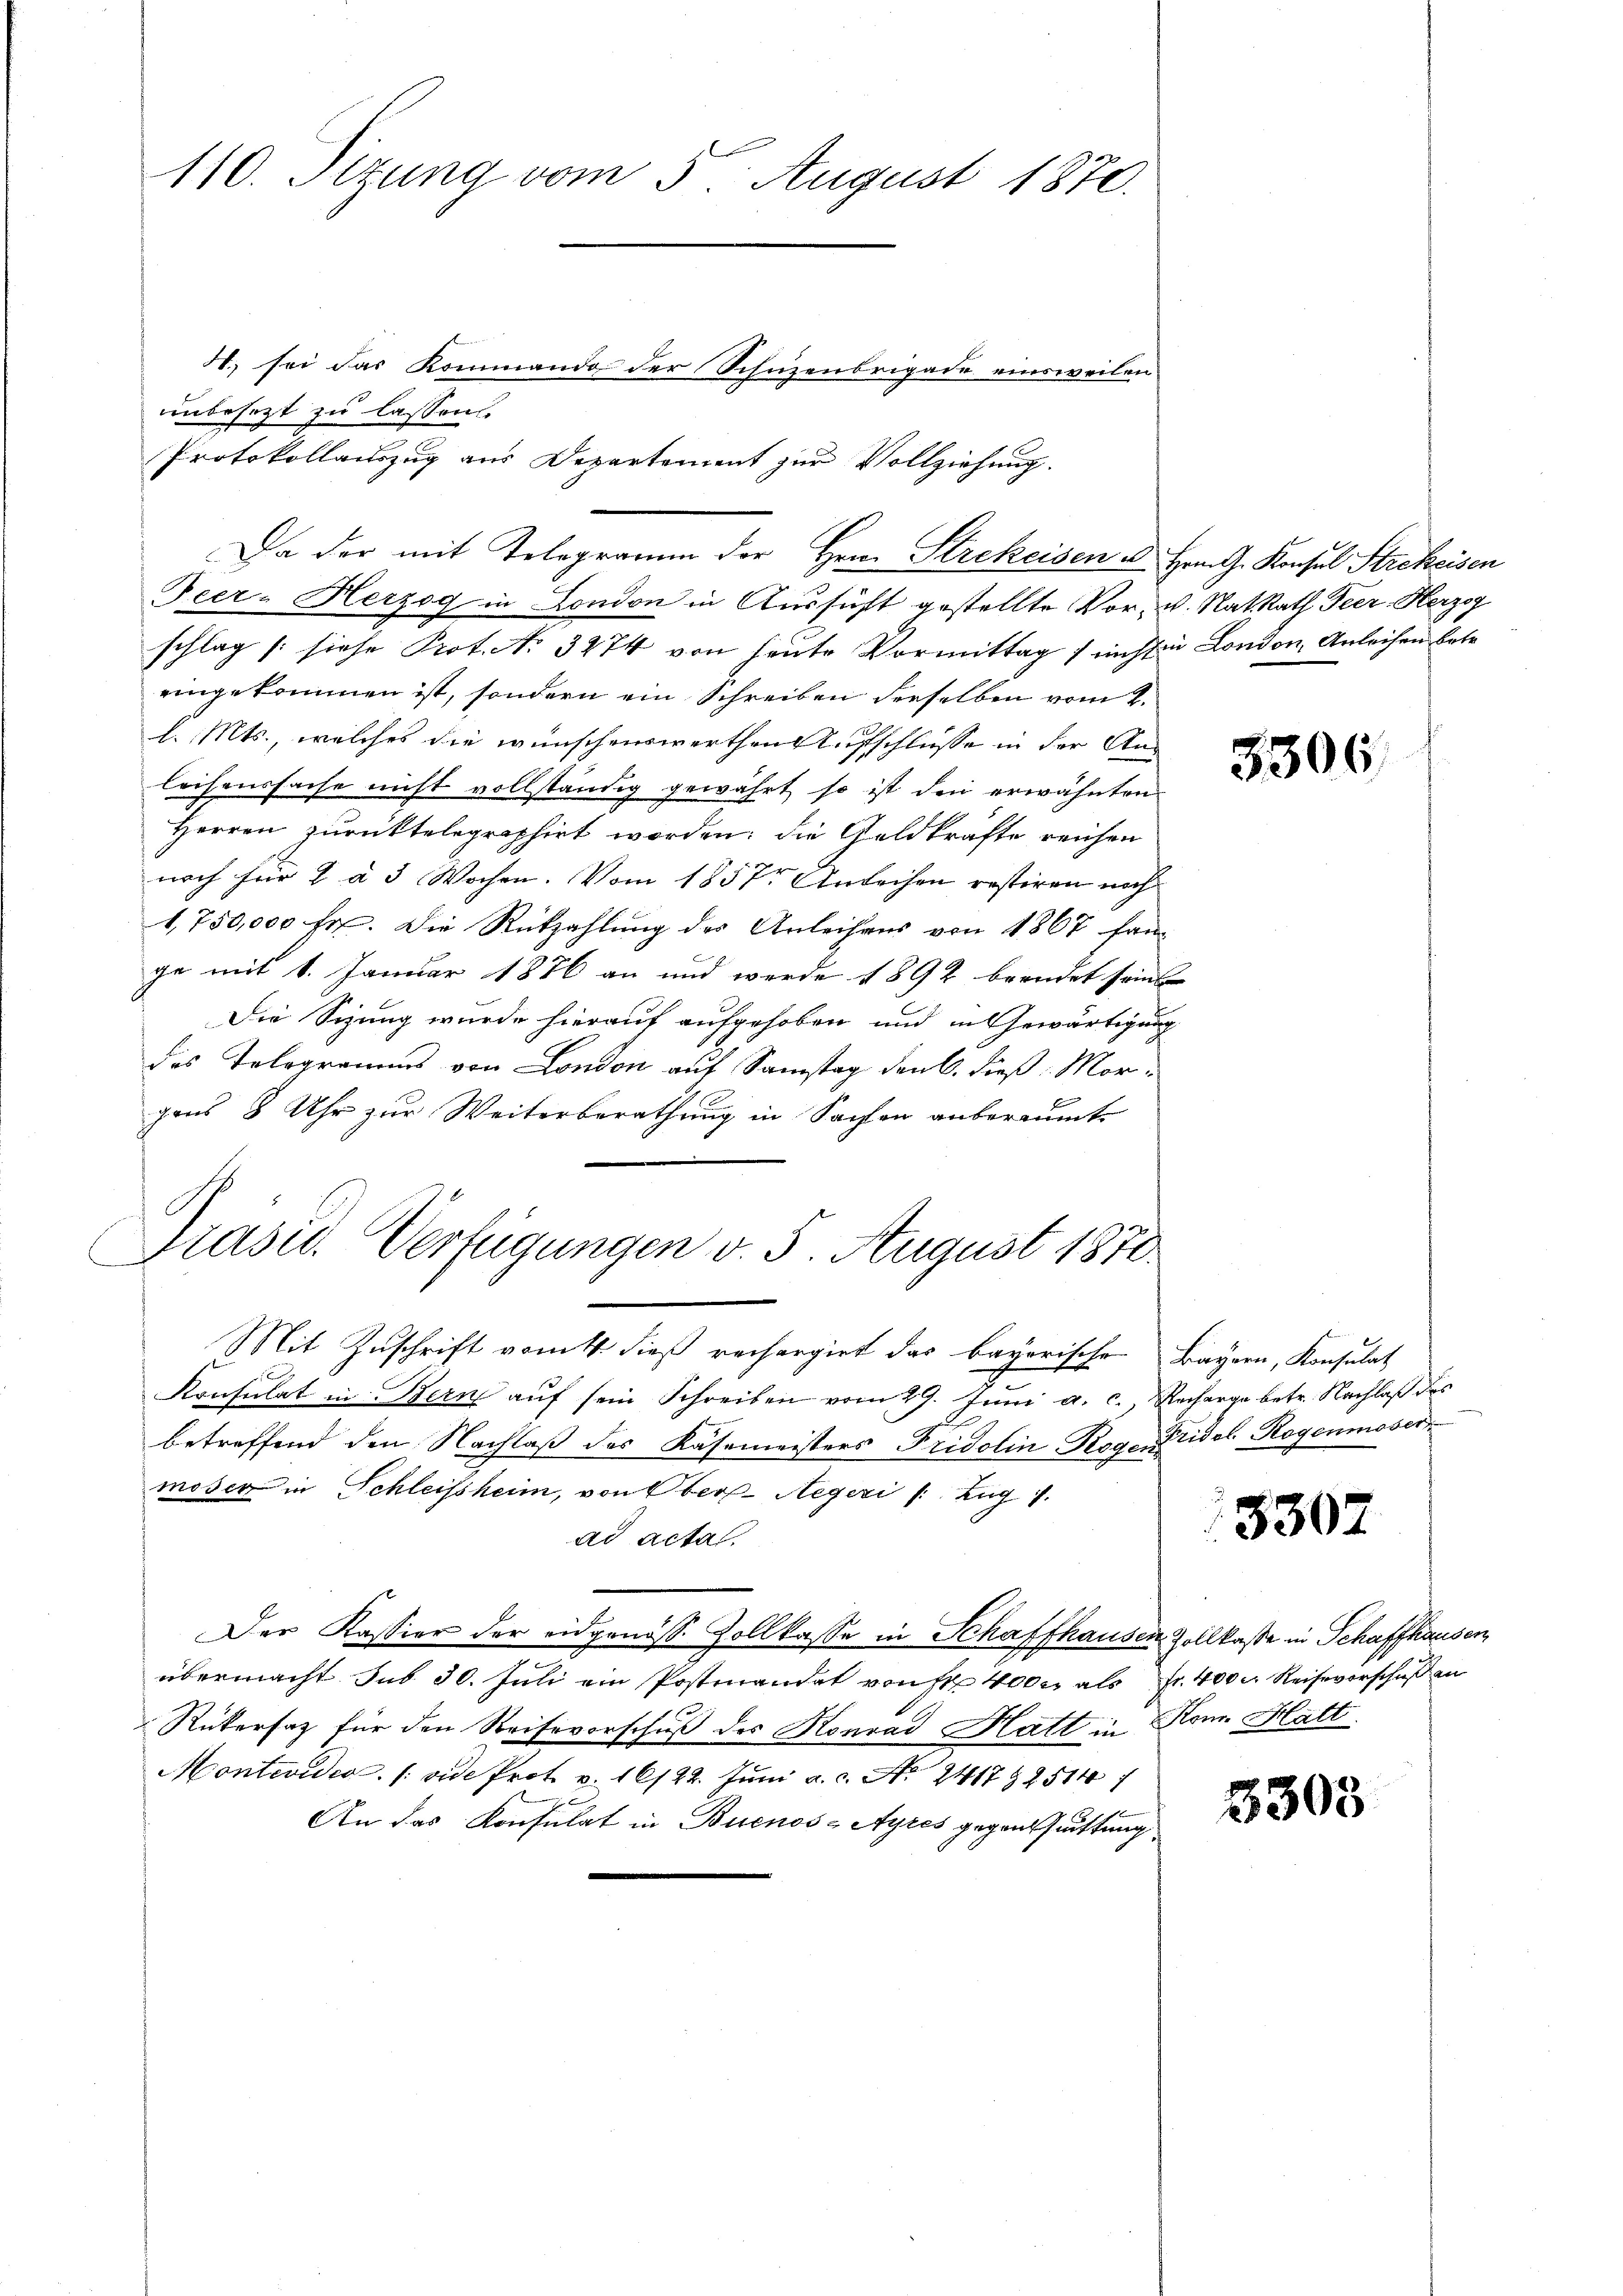
110. Sitzung vom 5 August 1870.
H. sei das Kommando der Schüzenbrigade einsweilen
unbesezt zu lassen.
Protokollauszug aus Departement zur Vollziehung.

Da der mit Telegramm der Hrn. Strekeisen u
Peer - Herzog in London in Aussicht gestellte Vor-
schlag /: siehe Prot. No 3474 von heute Vormittag / nicht in London, Anleihen betr.
eingekommen ist, sondern ein Schreiben derselben vom 2.
l. Mts., welches die wünschenswerthen Aufschlüsse in der Anleihenssache nicht vollständig gewährt, so ist den erwähnten
Herren zurüktelegraphirt worden; die Geldkräfte reichen
noch für 2 à 3 Wochen. Vom 1857t Anleihen restiren noch
1,750,000 Fr. Die Rückzahlung des Anleihens von 1867 fam
ge mit 1. Januar 1876 an und werde 1892 beendet seine
Die Sizung wurde hierauf aufgehoben und in Gewärtigung
des Telegramms von London auf Samstag den 6. dieß: Morgens 8 Uhr zur Weiterberathung in Sachen anberaumte
Präsid. Verfügungen v. 5. August 1870
Mit Zuschrift vom 4. dieß rechargirt das bayerische
Konsulat in Bern aŭf sein Schreiben vom 29. Jŭni a. c., Recharge betr. Nachlaß des
betreffend den Nachlaß des Käsemeisters Fridolin Rogen Fridel, Rogenmoser
möser in Schleissheim, von Ober-Aegeri /: Zug 1.
ad acta
Der Kassier der eidgenöss. Zollkasse in Schaffhausen Zollkasse in Schaffhausen
übermacht sub 30. Juli ein Postenandet von Fr. 4000 als Fr. 400 l. Reiseverschuß en
Rükersatz für den Reisevorschuß des Honrad Hatt in Kon. Hatt
Montevideo (vide Prot. v. 16/22. Juni a. c. A. 24172514
An das Konsulat in Buenos-Ayres gegensuchtung

Hrn. Konsul Strekeisen
u. Nat. Rath Feer. Herzog

3306.

Bayern, Konsulat

.
r

3302

3303